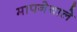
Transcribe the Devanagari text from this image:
मापनेवाले